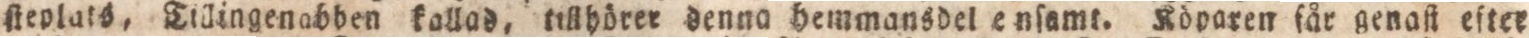
fteplats, Tillingeabben kallas, tillhörer denna hemmansdel e nſamt. Röparen får genaſt eftee